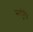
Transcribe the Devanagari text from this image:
मार्कुसि